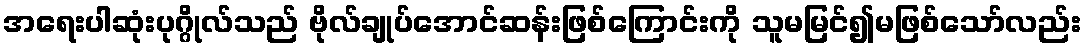
အရေးပါဆုံးပုဂ္ဂိုလ်သည် ဗိုလ်ချုပ်အောင်ဆန်းဖြစ်ကြောင်းကို သူမမြင်၍မဖြစ်သော်လည်း